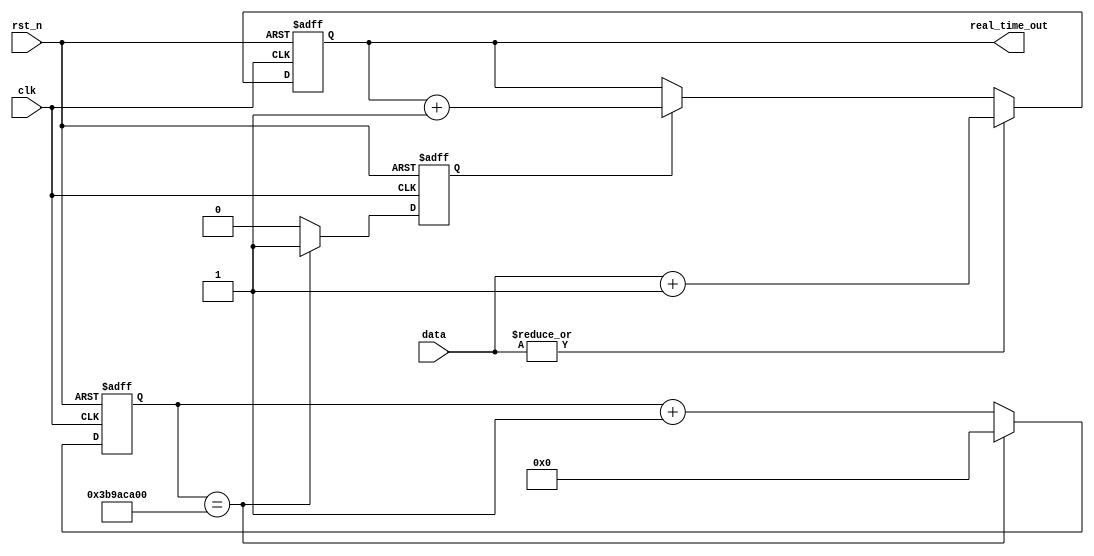
module real_time_counter 

   #(parameter COUNT_LEN = 64)
   
   (input clk,
    input rst_n,
    input [COUNT_LEN-1:0] data,
    output reg [COUNT_LEN-1:0] real_time_out);

reg  seconds;
reg [31:0] nsec_time;


always @(posedge clk or negedge rst_n) begin
   if (!rst_n) begin
    nsec_time <= 0;
    seconds   <= 0;  
   end


   else begin
      nsec_time <= nsec_time+1; 
      if (nsec_time == 32'h3B9ACA00) begin  seconds <= 1; nsec_time <= 0; end 
      else seconds <= 0;
  end
end
  

always @(posedge clk or negedge rst_n) begin
   if (!rst_n) begin
      real_time_out = 0;
   end
   else if (|data) begin
      real_time_out = data;
      real_time_out = real_time_out+1;
   end
   else if (seconds) begin
      real_time_out = real_time_out+1;
   end
end

endmodule